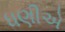
ધણીએ